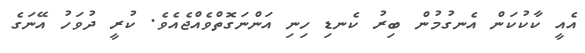
އެއީ ކާކުކަން އެނގުމުން ބިރު ކެނޑި ހިނި އަންނަގޮތްވެއްޖެއެވެ. ކުރީ ދުވަހު އޭނަގެ